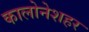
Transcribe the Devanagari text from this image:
कालोनेशहर